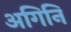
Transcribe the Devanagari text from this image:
अगिनि